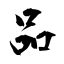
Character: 品